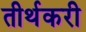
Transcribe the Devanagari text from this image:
तीर्थकरी